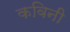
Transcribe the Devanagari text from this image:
कविनी